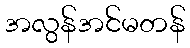
အလွန်အင်မတန်